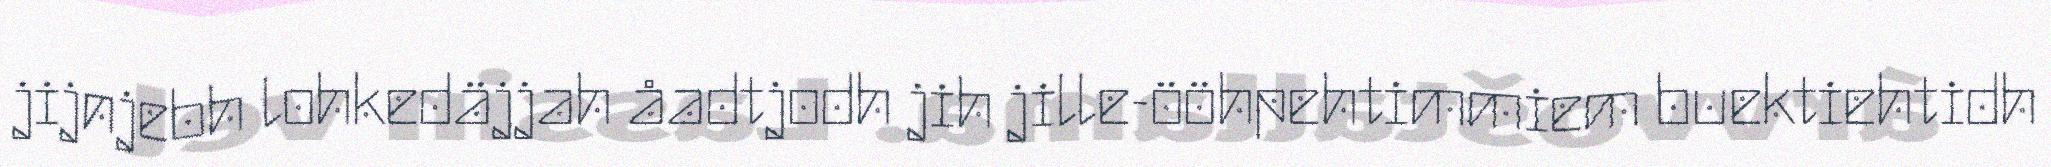
jijnjebh lohkedäjjah åadtjodh jih jille-ööhpehtimmiem buektiehtidh